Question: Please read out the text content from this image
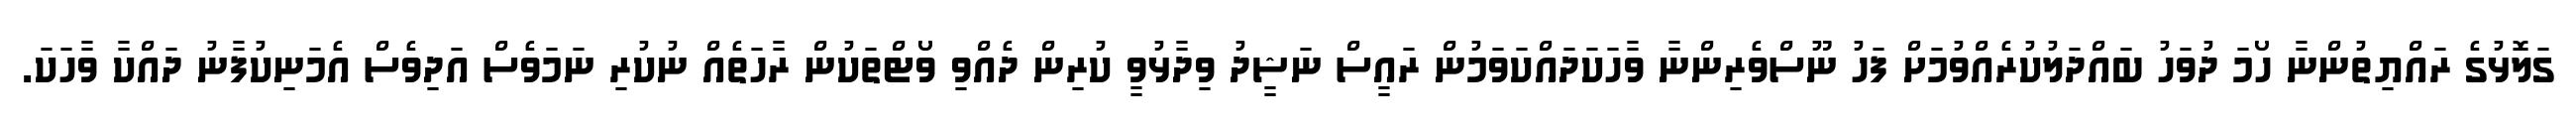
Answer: ގަލޮޅުގެ ރައްޔިތުންނާ ހޯމަ ދުވަހު ބައްދަލުކުރެއްވުމަށް ފަހު ނޫސްވެރިންނާ ވާހަކަދައްކަވަމުން ރައީސް ނަޝީދު ވިދާޅުވީ ކުރިން ދެއްވި ވޯޓްތަކުން ރާހަތެއް ނުކުރި ނަމަވެސް އަދިވެސް އެމަނިކުފާނު ދައްކާ ވާހަކަ.